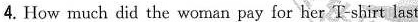
4. How much did the woman pay for her T-shirt last